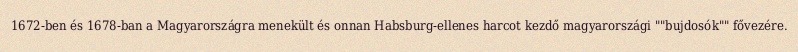
1672-ben és 1678-ban a Magyarországra menekült és onnan Habsburg-ellenes harcot kezdő magyarországi ""bujdosók"" fővezére.